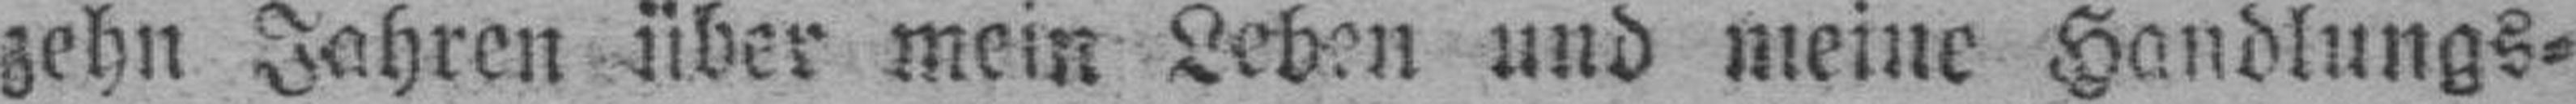
zehn Jahren über mein Lehen und meine Handlungs¬